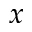
x